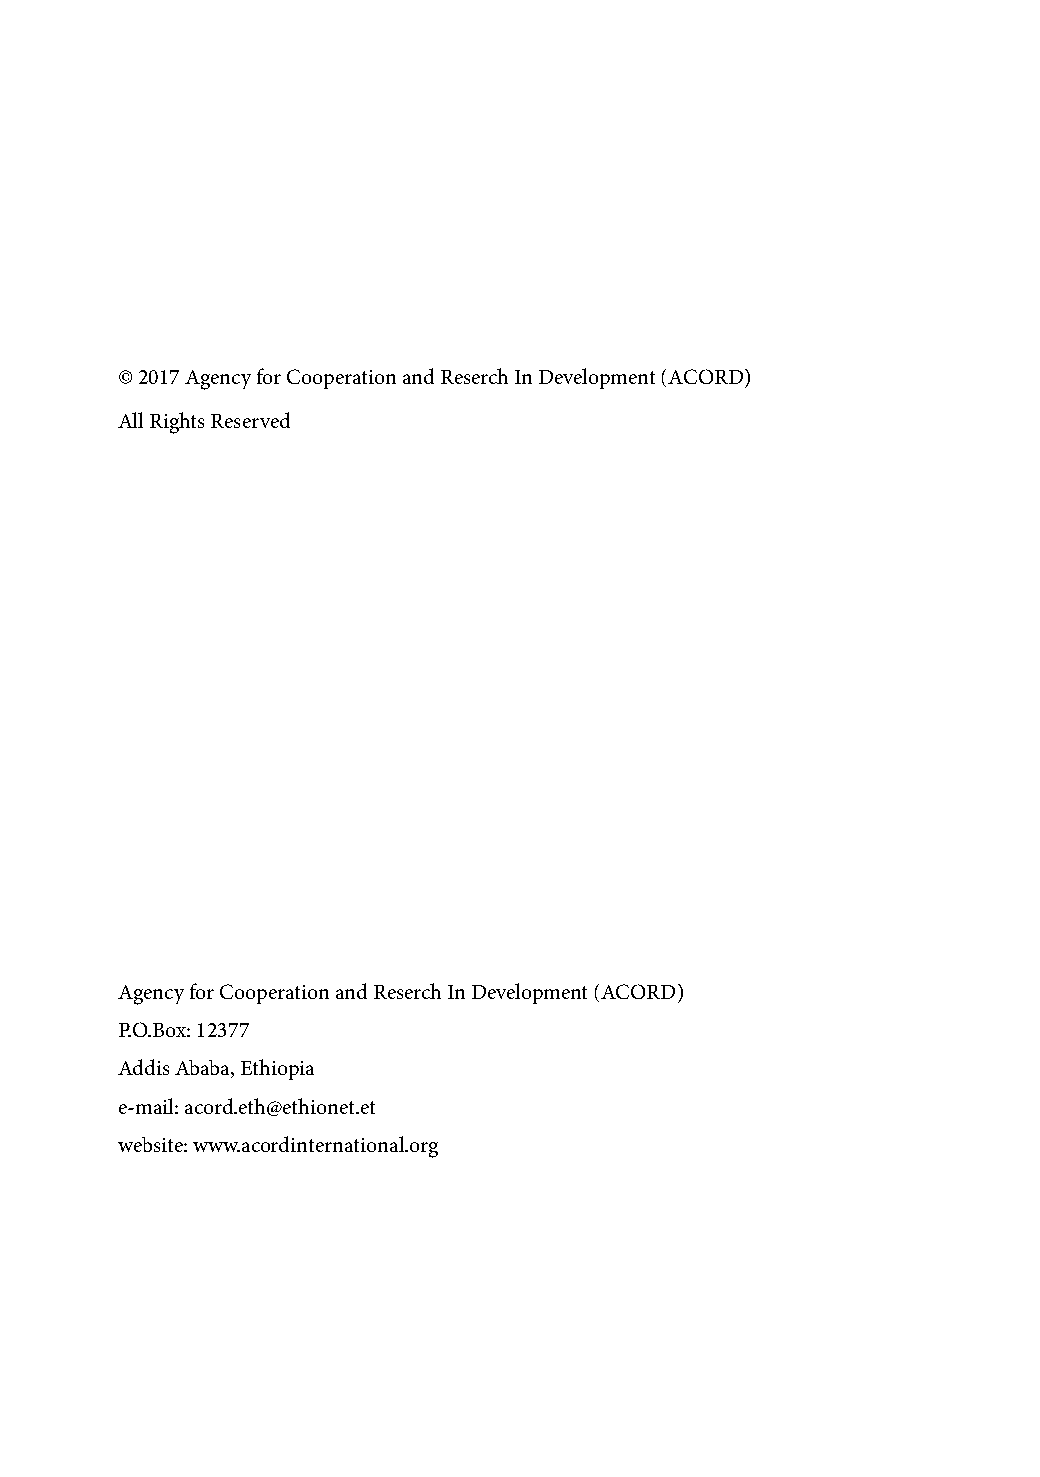
© 2017 Agency for Cooperation and Reserch In Development (ACORD)
 All Rights Reserved
 Agency for Cooperation and Reserch In Development (ACORD)
 P.O.Box: 12377
 Addis Ababa, Ethiopia
 e-mail: acord.eth@ethionet.et
 website: www.acordinternational.org